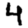
Digit: 4